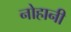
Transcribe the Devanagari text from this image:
नोहानी